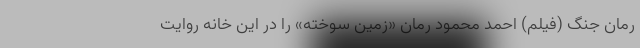
رمان جنگ (فیلم) احمد محمود رمان «زمین سوخته» را در این خانه روایت